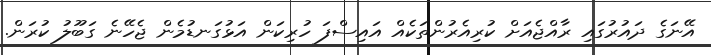
އޭނަގެ ދައުރުގައި ރާއްޖެއަށް ކުރިއެރުންތަކެއް އައިސްފަ ހުރިކަން އަޅުގަނޑުމެން ޖެހޭނެ ގަބޫލު ކުރަން.